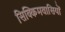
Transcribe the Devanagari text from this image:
सिक्किमवासियों